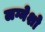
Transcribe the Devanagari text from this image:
लग्नेशो